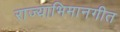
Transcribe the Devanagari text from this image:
राज्याभिमानगीत